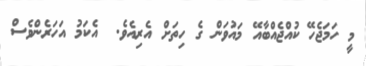
މީ ހަމަޖެހޭ ކުއްޖެއްބާއޭ މައުވަން ގެ ހިތަށް އެރިއެވެ.  އެކަމު އަހަރެންވެސް